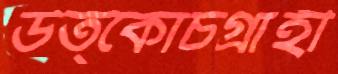
উত্কোচগ্রাহী